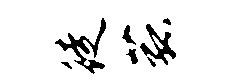
徒菰